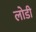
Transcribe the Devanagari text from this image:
लोडी